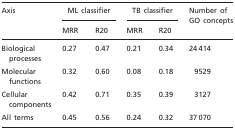
| <ROWSPAN=2> Axis | <COLSPAN=2> ML classifier | <COLSPAN=2> TB classifier | <ROWSPAN=2> Number of GO concepts |
 | MRR | R20 | MRR | R20 |
 | --- | --- | --- | --- | --- | --- |
 | Biological processes | 0.27 | 0.47 | 0.21 | 0.34 | 24 414 |
 | Molecular functions | 0.32 | 0.60 | 0.08 | 0.18 | 9529 |
 | Cellular components | 0.42 | 0.71 | 0.35 | 0.39 | 3127 |
 | All terms | 0.45 | 0.56 | 0.24 | 0.32 | 37 070 |